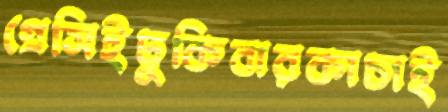
গ্রেসিইঢুকিবারকাচাই